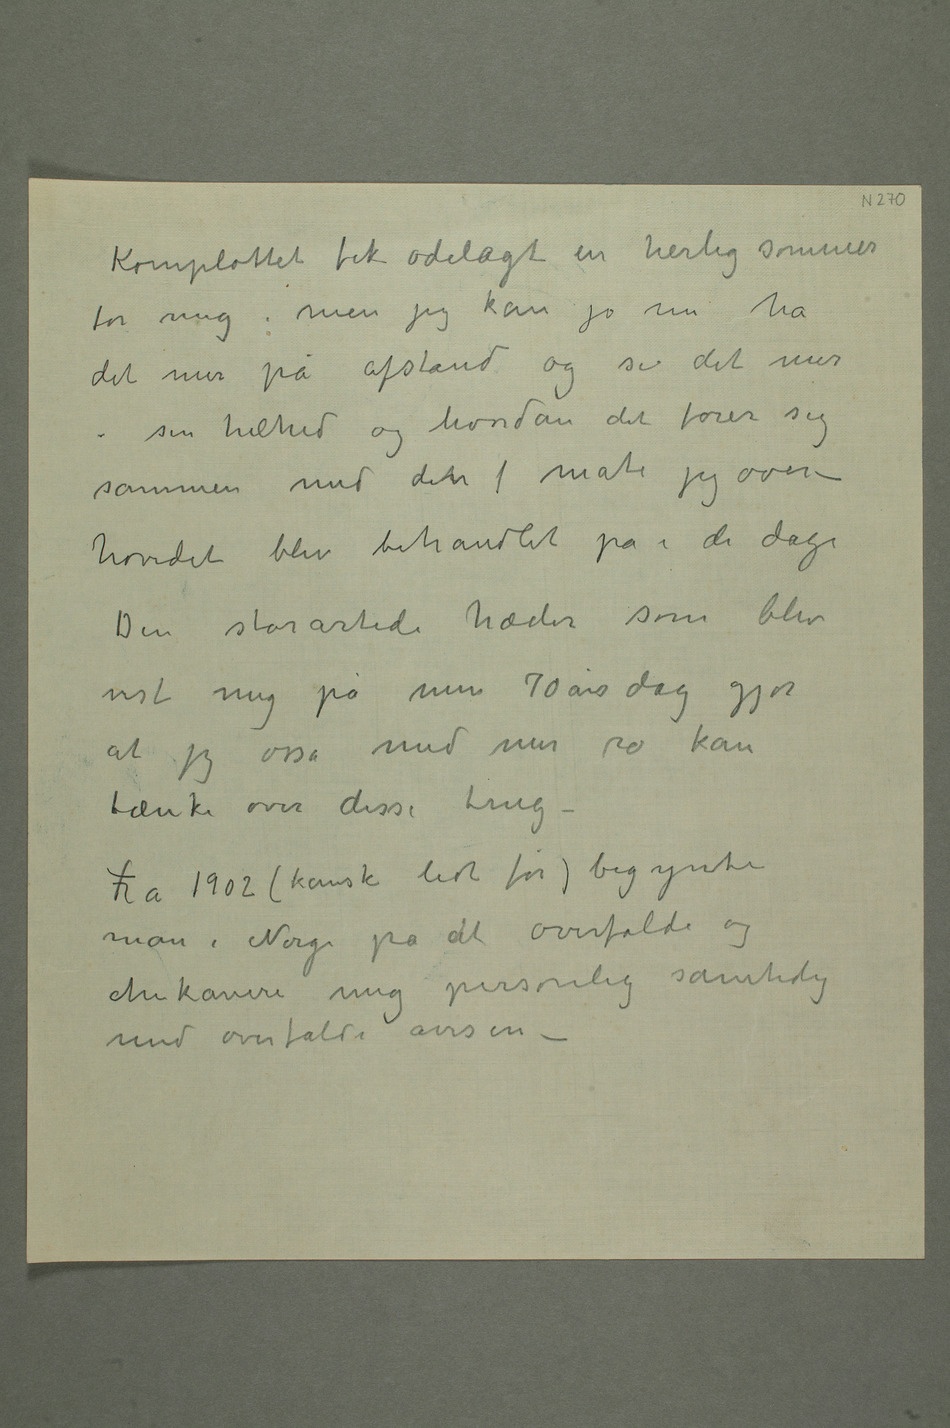
Komplottet fik ødelagt en herlig sommer
for mig, men jeg kan jo nu ha
det mer på afstand og se det mer i
sin helhed og hvordan det føier sig
sammen med detn  måte jeg over-
hovedet blev behandlet på i de dage
Den storartede hæder som blev
vist mig på min 70 års dag gjør
at jeg osså med mer ro kan
tænke over disse ting
– Fra 1902 (kanske lidt før) begynte
man i Norge på at overfalde og
chikanere mig personlig samtidig
med overfald i avisen –